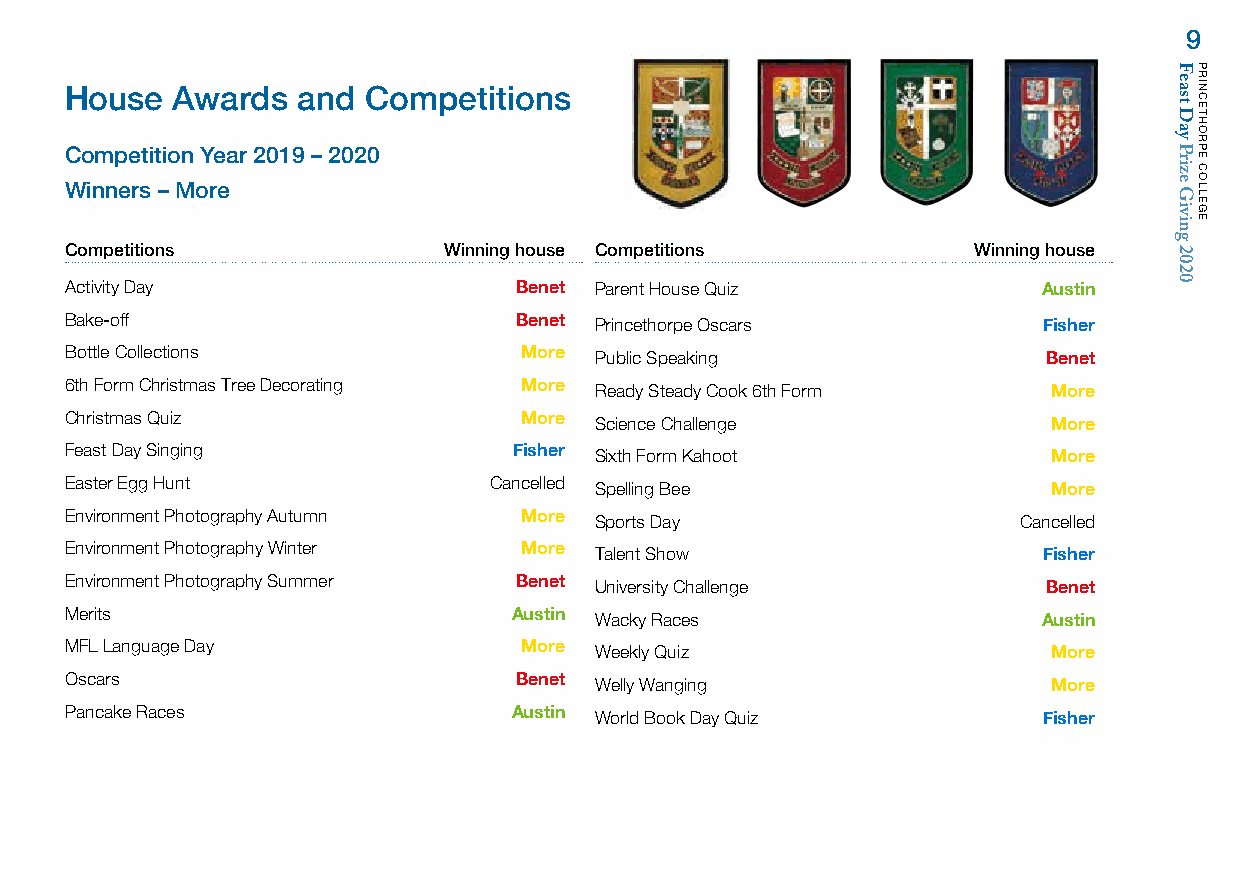
9
 House  Awards   and Competitions
 Competition Year 2019 – 2020
 Winners – More
 Competitions             Winning house Competitions         Winning house
 Activity Day                  Benet Parent House Quiz            Austin
 Bake-off                      Benet Princethorpe Oscars          Fisher
 Bottle Collections            More Public Speaking               Benet
 6th Form Christmas Tree Decorating More Ready Steady Cook 6th Form More
 Christmas Quiz                More Science Challenge              More
 Feast Day Singing             Fisher Sixth Form Kahoot            More
 Easter Egg Hunt             Cancelled Spelling Bee                More
 Environment Photography Autumn More Sports Day                 Cancelled
 Environment Photography Winter More Talent Show                  Fisher
 Environment Photography Summer Benet University Challenge        Benet
 Merits                        Austin Wacky Races                 Austin
 MFL Language Day              More Weekly Quiz                    More
 Oscars                        Benet Welly Wanging                 More
 Pancake Races                 Austin World Book Day Quiz         Fisher
 Feast
 Day
 Prize
 Giving
 2020
 PRINCETHORPE
 COLLEGE